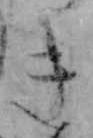
き